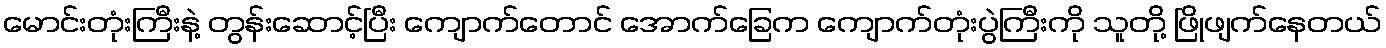
မောင်းတုံးကြီးနဲ့ တွန်းဆောင့်ပြီး ကျောက်တောင် အောက်ခြေက ကျောက်တုံးပွဲကြီးကို သူတို့ ဖြိုဖျက်နေတယ်